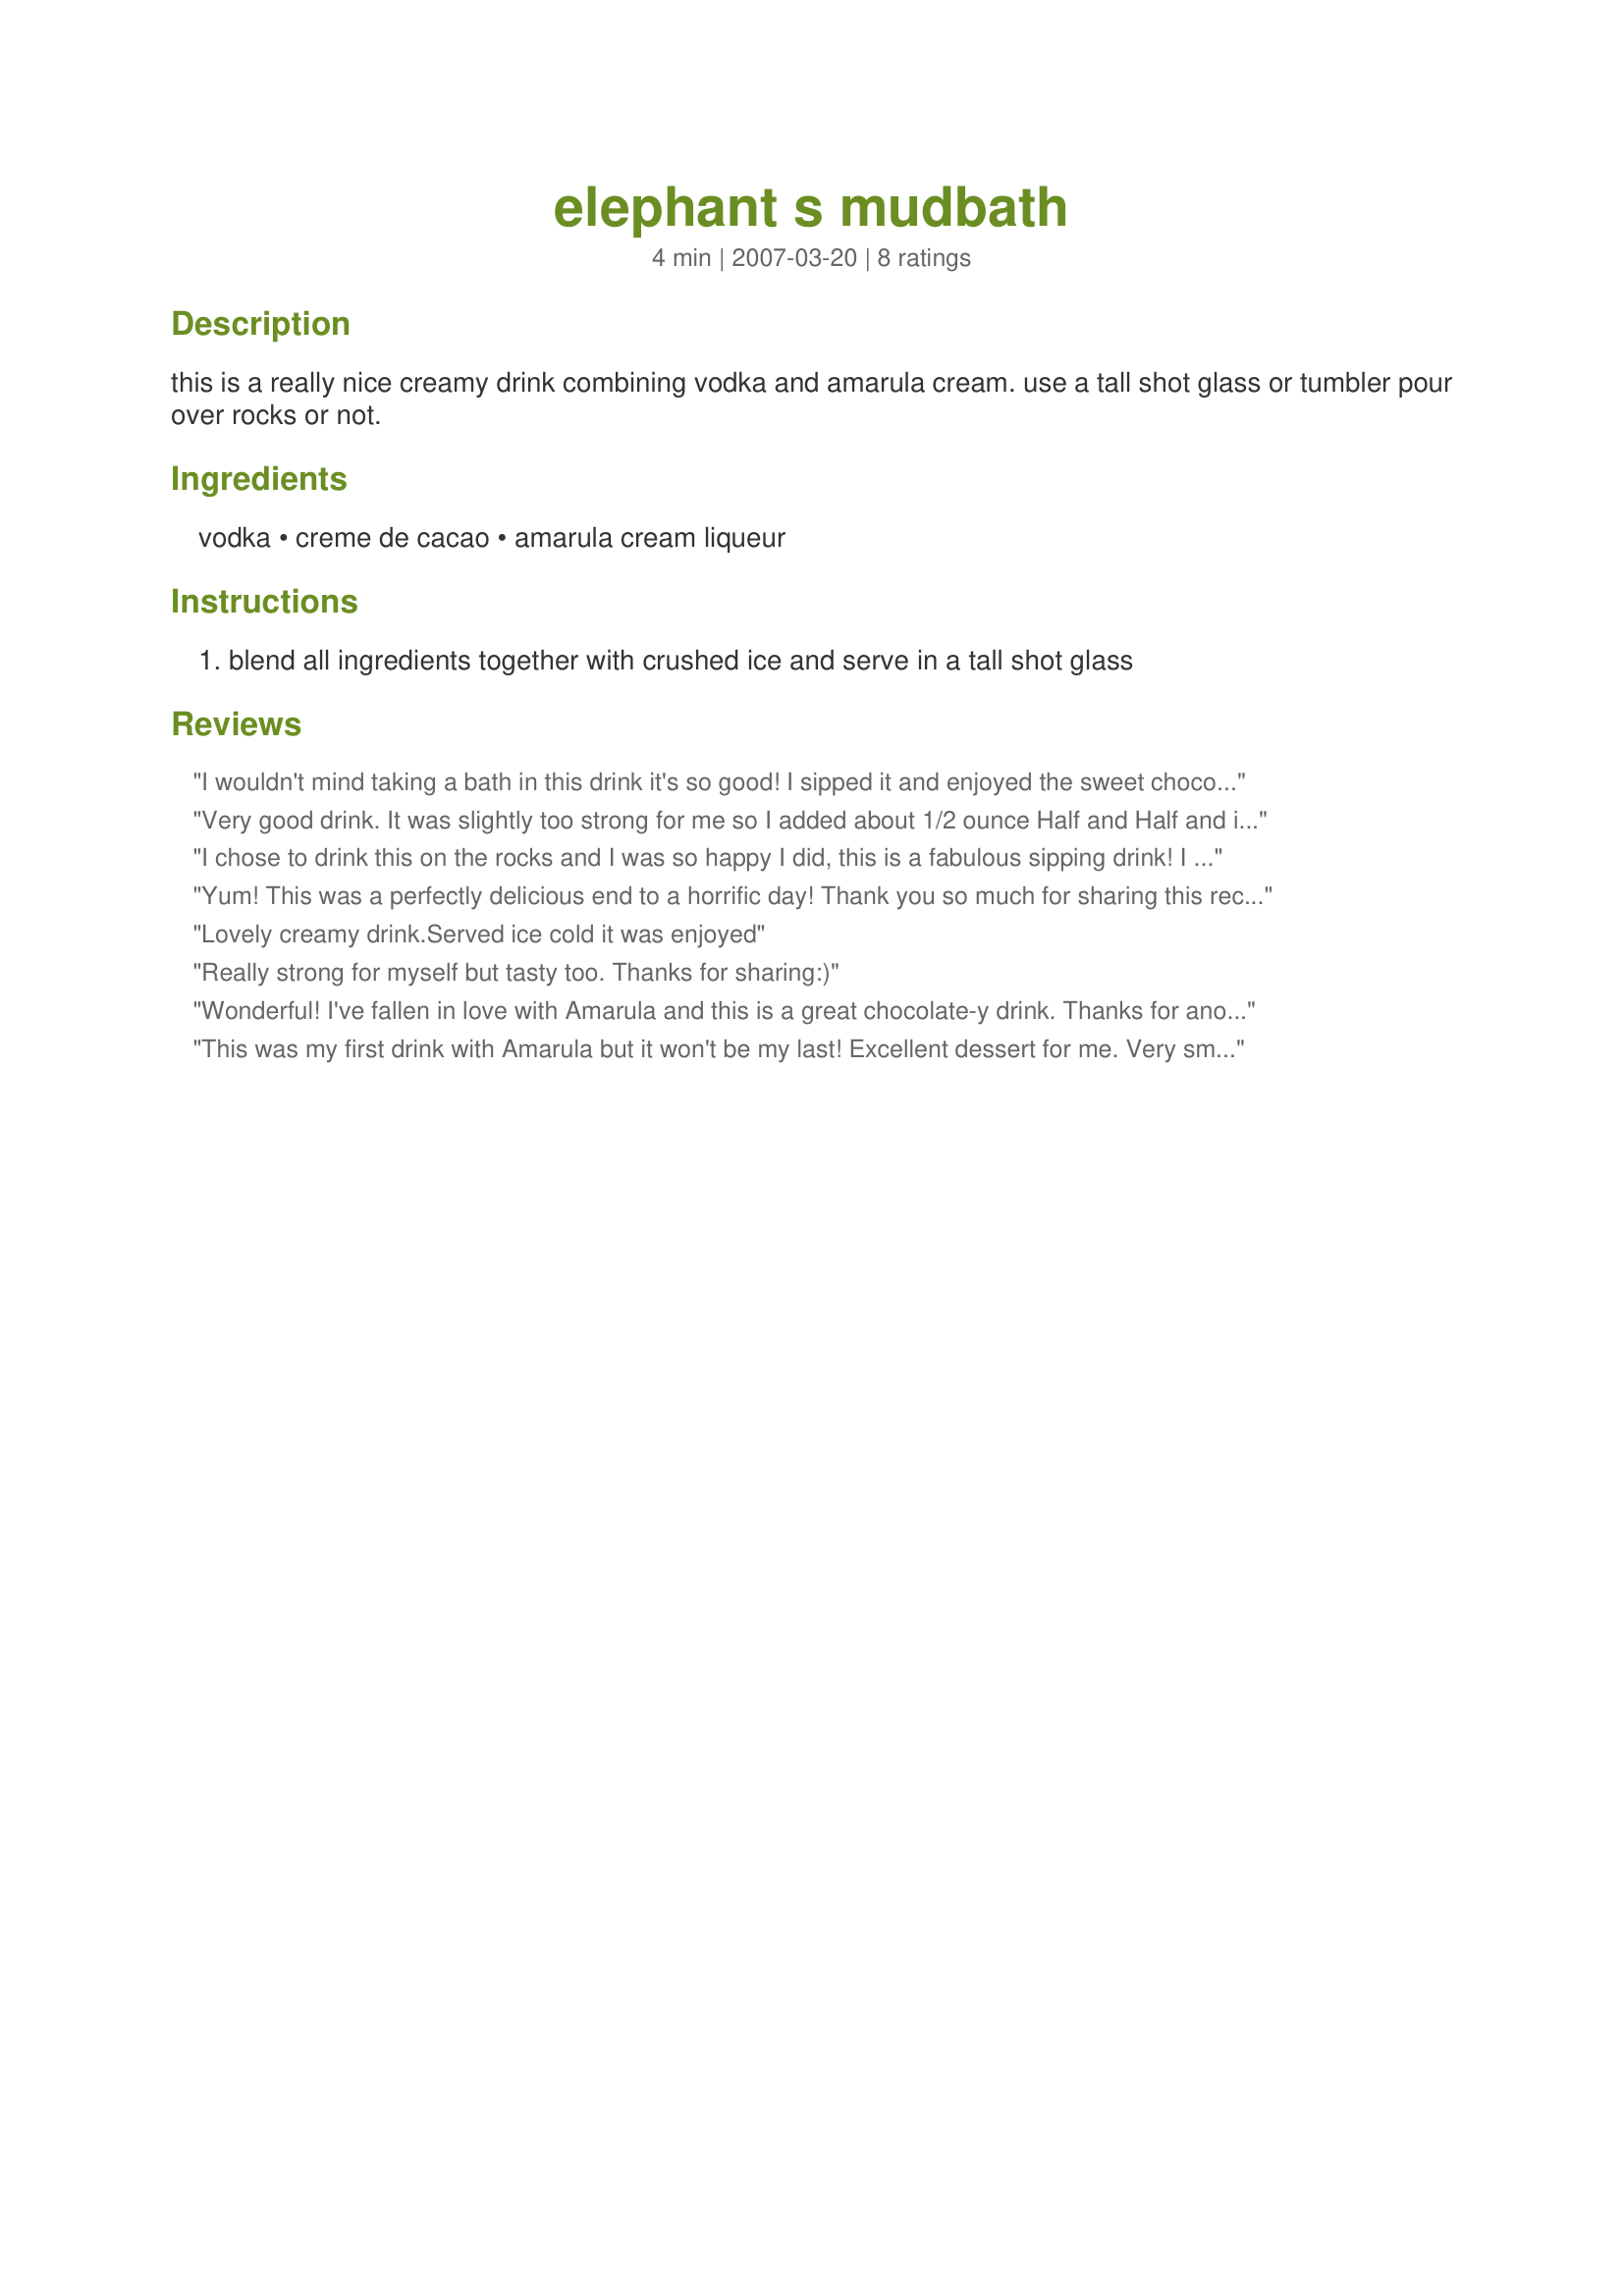
elephant s mudbath
Preparation time: 4 minutes

this is a really nice creamy drink combining vodka and amarula cream. use a tall shot glass or tumbler pour over rocks or not.

Ingredients:
vodka, creme de cacao, amarula cream liqueur

Steps:
blend all ingredients together with crushed ice and serve in a tall shot glass

Reviews:
I wouldn't mind taking a bath in this drink it's so good! I sipped it and enjoyed the sweet chocolatey flavor!
Very good drink. It was slightly too strong for me so I added about 1/2 ounce Half and Half and it seemed to balance it out more. It's a sipping drink for me. Thanks for a great drink recipe V. Made for the Holiday Beverage Tag game.
I chose to drink this on the rocks and I was so happy I did, this is a fabulous sipping drink! I used Godiva Chocolate Liqueur instead of Creme de Cacao.... perfection!
Yum! This was a perfectly delicious end to a horrific day! Thank you so much for sharing this recipe! Cheers V! Made for Beverage Tag!
Lovely creamy drink.Served ice cold it was enjoyed
Really strong for myself but tasty too. Thanks for sharing:)
Wonderful! I've fallen in love with Amarula and this is a great chocolate-y drink. Thanks for another winner V.
This was my first drink with Amarula but it won't be my last! Excellent dessert for me. Very smooth and delicious.
